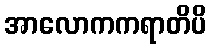
အာလောကကရာတိပိ